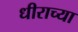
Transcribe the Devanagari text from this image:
धीराच्या